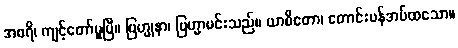
အစရိ၊ ကျင့်တော်မူပြီ။ ဗြဟ္မုနာ၊ ဗြဟ္မာမင်းသည်။ ယာစိတော၊ တောင်းပန်အပ်ထသော။